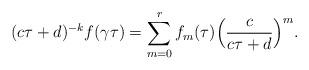
LaTeX: \begin{align*}(c\tau + d)^{-k} f(\gamma\tau) = \sum_{m=0}^r f_m(\tau)\Big(\frac{c}{c\tau + d}\Big)^m.\end{align*}